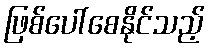
ဖြစ်ပေါ်စေနိုင်သည့်